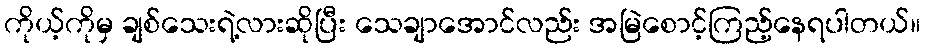
ကိုယ့်ကိုမှ ချစ်သေးရဲ့လားဆိုပြီး သေချာအောင်လည်း အမြဲစောင့်ကြည့်နေရပါတယ်။